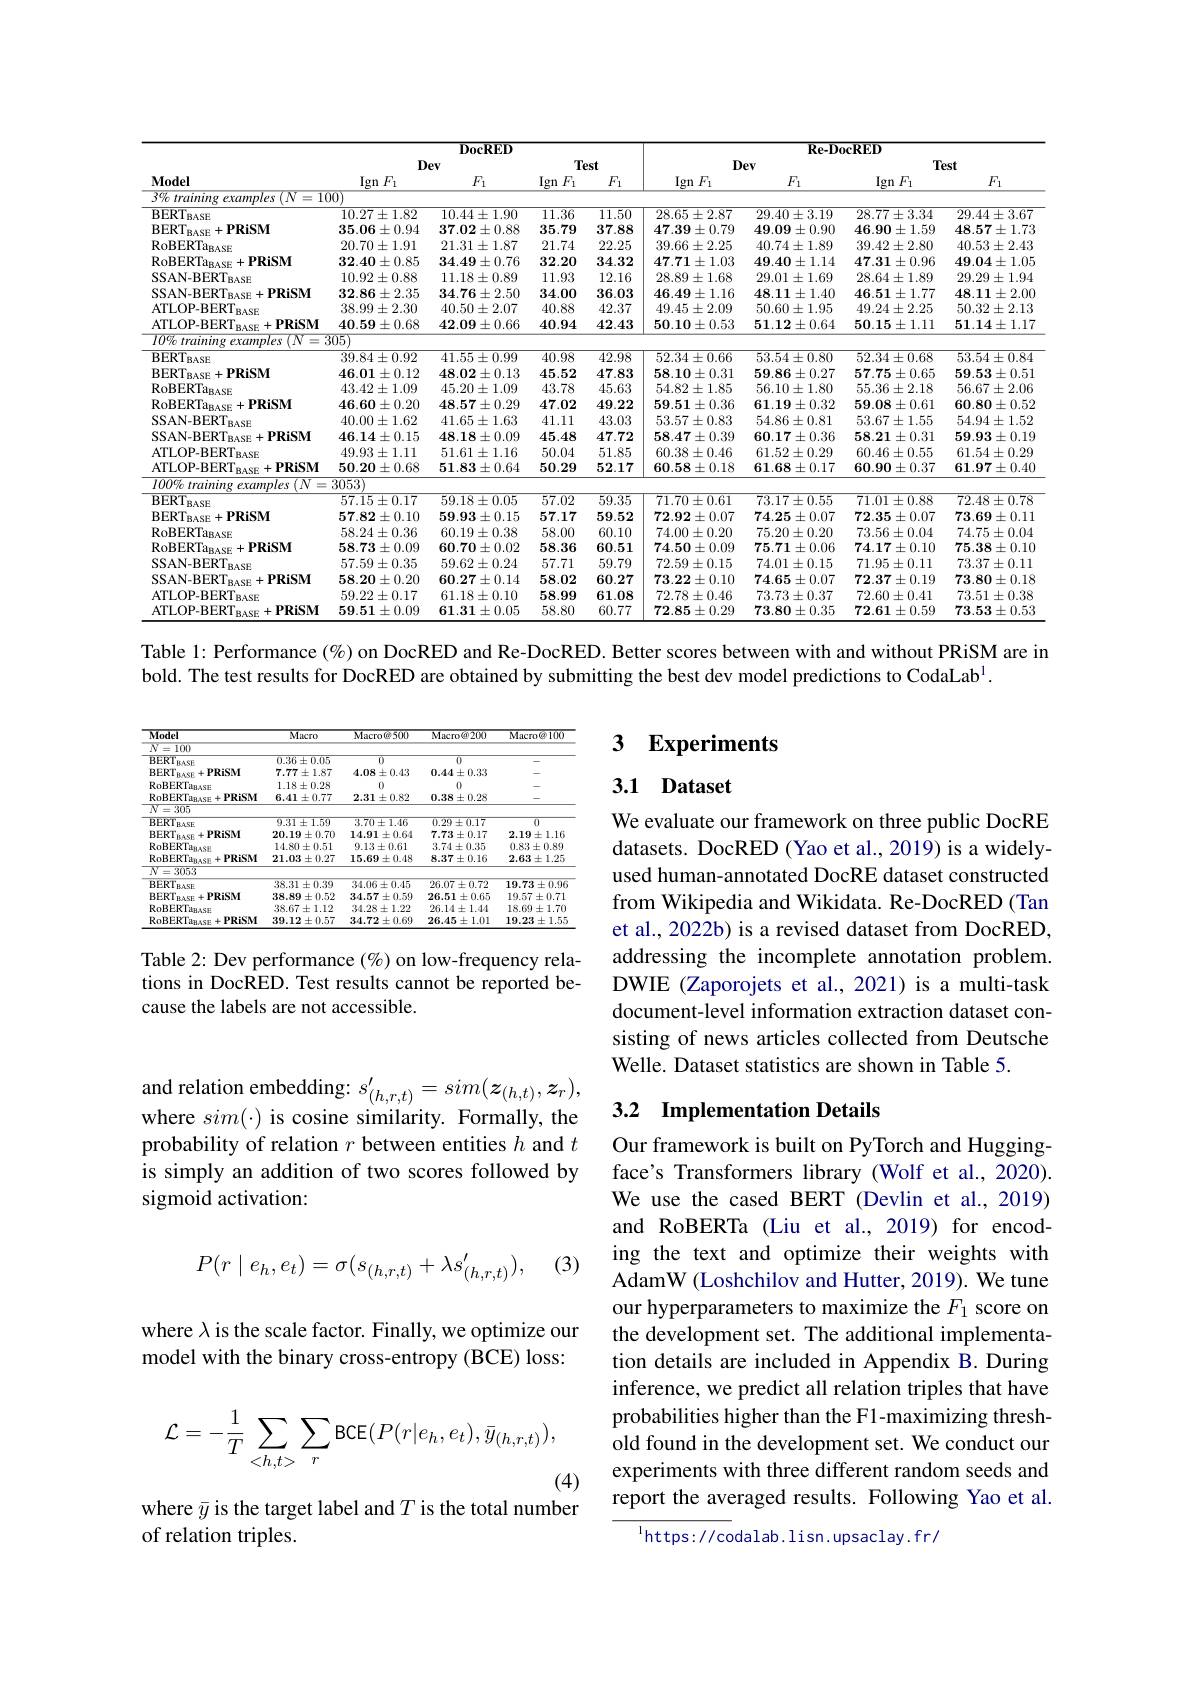
<table>
	<tbody>
		<tr>
			<th rowspan="3">$\mathbf{Model}$</th>
			<th colspan="4">DocRED</th>
			<th colspan="4">Re-DocRED</th>
		</tr>
		<tr>
			<th colspan="2">Dev</th>
			<th colspan="2">Test</th>
			<th colspan="2">Dev</th>
			<th colspan="2">Test</th>
		</tr>
		<tr>
			<th>$\operatorname{Ign}F_1$</th>
			<th>$F_{1}$</th>
			<th>Ign $F_{1}$</th>
			<th>$F_1$</th>
			<th>$\operatorname{Ign}F_1$</th>
			<th>$F_{1}$</th>
			<th>$\operatorname{Ign}F_1$</th>
			<th>$F_1$</th>
		</tr>
		<tr>
			<td>$3\%trainingexamples$ $\therefore(N$ = 11</td>
			<td>$\overline{{\mathrm{JO}}}$</td>
			<td> </td>
			<td> </td>
			<td> </td>
			<td> </td>
			<td> </td>
			<td> </td>
			<td> </td>
		</tr>
		<tr>
			<td>$\overline{BERT_{BASE}}$</td>
			<td>$10.27\pm1.82$</td>
			<td>$10.44\pm1.90$</td>
			<td>11.36</td>
			<td>$\overline{11.50}$</td>
			<td>$28.65\pm2.87$</td>
			<td>$29.40\pm3.19$</td>
			<td>$28.77\pm3.34$</td>
			<td>$29.44\pm3.67$</td>
		</tr>
		<tr>
			<td>$\mathrm{BERT}_{\mathrm{BASE}}+ \mathbf{PRiSM}$</td>
			<td>$35.06\pm0.94$</td>
			<td>$37.02\pm0.88$</td>
			<td>35.79</td>
			<td>37.88</td>
			<td>$47.39\pm0.79$</td>
			<td>$49.09\pm0.90$</td>
			<td>$46.90\pm1.59$</td>
			<td>$48.57\pm1.73$</td>
		</tr>
		<tr>
			<td>$\mathrm{RoBERTa}_{\mathrm{BASE}}$</td>
			<td>$20.70\pm1.91$</td>
			<td>$21.31\pm1.87$</td>
			<td>21.74</td>
			<td>22.25</td>
			<td>$39.66\pm2.25$</td>
			<td>$40.74\pm1.89$</td>
			<td>$39.42\pm2.80$</td>
			<td>$40.53\pm2.43$</td>
		</tr>
		<tr>
			<td>$\mathrm{RoBERTa}_{\mathrm{BASE}}+ \mathbf{PRiSM}$</td>
			<td>$32.40\pm0.85$</td>
			<td>$34.49\pm0.76$</td>
			<td>32.20</td>
			<td>34.32</td>
			<td>$47.71\pm1.03$</td>
			<td>$49.40\pm1.14$</td>
			<td>$47.31\pm0.96$</td>
			<td>$49.04\pm1.05$</td>
		</tr>
		<tr>
			<td>$\mathrm{SSAN-BERT}_{\mathrm{BASE}}$</td>
			<td>$10.92\pm0.88$</td>
			<td>$11.18\pm0.89$</td>
			<td>11.93</td>
			<td>12.16</td>
			<td>$28.89\pm1.68$</td>
			<td>$29.01\pm1.69$</td>
			<td>$28.64\pm1.89$</td>
			<td>$29.29\pm1.94$</td>
		</tr>
		<tr>
			<td>$\mathrm{SSAN- BERT}_{\mathrm{BASE}}+ \mathbf{PRiSM}$</td>
			<td>$32.86\pm2.35$</td>
			<td>$34.76\pm2.50$</td>
			<td>34.00</td>
			<td>36.03</td>
			<td>$46.49\pm1.16$</td>
			<td>$48.11\pm1.40$</td>
			<td>$46.51\pm1.77$</td>
			<td>$48.11\pm2.00$</td>
		</tr>
		<tr>
			<td>ATLOP- BERT $BASE$</td>
			<td>$38.99\pm2.30$</td>
			<td>$40.50\pm2.07$</td>
			<td>40.88</td>
			<td>42.37</td>
			<td>$49.45\pm2.09$</td>
			<td>$50.60\pm1.95$</td>
			<td>$49.24\pm2.25$</td>
			<td>$50.32\pm2.13$</td>
		</tr>
		<tr>
			<td>$\mathrm{ATLOP- BERT}_{\mathrm{BASE}}+$PRiSM</td>
			<td>$40.59\pm0.68$</td>
			<td>$42.09\pm0.66$</td>
			<td>40.94</td>
			<td>42.43</td>
			<td>$50.10\pm0.53$</td>
			<td>$51.12\pm0.64$</td>
			<td>$$50.15\pm1.11$$</td>
			<td>$51.14\pm1.17$</td>
		</tr>
		<tr>
			<td>$I0\%trainingexample$</td>
			<td>305)</td>
			<td> </td>
			<td> </td>
			<td> </td>
			<td> </td>
			<td> </td>
			<td> </td>
			<td> </td>
		</tr>
		<tr>
			<td>$\mathrm{BERT}_{\mathrm{BASE}}$</td>
			<td>$39.84\pm0.92$</td>
			<td>$41.55\pm0.99$</td>
			<td>40.98</td>
			<td>42.98</td>
			<td>$52.34\pm0.66$</td>
			<td>$53.54\pm0.80$</td>
			<td>$52.34\pm0.68$</td>
			<td>$53.54\pm0.84$</td>
		</tr>
		<tr>
			<td>$BERT_{BASE}$ $=+\mathbf{PRiSM}$</td>
			<td>$46.01\pm0.12$</td>
			<td>$48.02\pm0.13$</td>
			<td>45.52</td>
			<td>47.83</td>
			<td>$58.10\pm0.31$</td>
			<td>$59.86\pm0.27$</td>
			<td>$57.75\pm0.65$</td>
			<td>$59.53\pm0.51$</td>
		</tr>
		<tr>
			<td>$\mathrm{RoBERTa}_{\mathrm{BASE}}$</td>
			<td>$43.42\pm1.09$</td>
			<td>$45.20\pm1.09$</td>
			<td>43.78</td>
			<td>45.63</td>
			<td>$54.82\pm1.85$</td>
			<td>$56.10\pm1.80$</td>
			<td>$55.36\pm2.18$</td>
			<td>$56.67\pm2.06$</td>
		</tr>
		<tr>
			<td>$\Lambda_{\mathrm{TaBASE}}$ DicM</td>
			<td>4</td>
			<td> </td>
			<td>1 </td>
			<td>40.00</td>
			<td> </td>
			<td>T $9n$</td>
			<td>LL</td>
			<td> </td>
		</tr>
		<tr>
			<td>$\mathrm{RoBERTa}_{\mathrm{BASE}}+ \mathbf{PRiSM}$</td>
			<td>$46.60\pm0.20$</td>
			<td>$48.57\pm0.29$</td>
			<td>47.02</td>
			<td>49.22</td>
			<td>$$59.51\pm0.36$$</td>
			<td>$61.19\pm0.32$</td>
			<td>$59.08\pm0.61$</td>
			<td>$60.80\pm0.52$</td>
		</tr>
		<tr>
			<td>SSAN-BERT $BASE$</td>
			<td>$40.00\pm1.62$</td>
			<td>$41.65\pm1.63$</td>
			<td>41.11</td>
			<td>43.03</td>
			<td>$53.57\pm0.83$</td>
			<td>$54.86\pm0.81$</td>
			<td>$53.67\pm1.55$</td>
			<td>$54.94\pm1.52$</td>
		</tr>
		<tr>
			<td>$SSAN-BERT_{BASE}+PRiSM$</td>
			<td>$46.14\pm0.15$</td>
			<td>$48.18\pm0.09$</td>
			<td>45.48</td>
			<td>47.72</td>
			<td>$58.47\pm0.39$</td>
			<td>$60.17\pm0.36$</td>
			<td>$58.21\pm0.31$</td>
			<td>$59.93\pm0.19$</td>
		</tr>
		<tr>
			<td>ATLOP-BERT $BASE$</td>
			<td>$49.93\pm1.11$</td>
			<td>$51.61\pm1.16$</td>
			<td>50.04</td>
			<td>51.85</td>
			<td>$60.38\pm0.46$</td>
			<td>$61.52\pm0.29$</td>
			<td>$60.46\pm0.55$</td>
			<td>$61.54\pm0.29$</td>
		</tr>
		<tr>
			<td>ATLOP-BERT $_{\mathrm{RASF}}+PRiSM$</td>
			<td>$50.20\pm0.68$</td>
			<td>$51.83\pm0.64$</td>
			<td>50.29</td>
			<td>52.17</td>
			<td>$60.58\pm0.18$</td>
			<td>$61.68\pm0.17$</td>
			<td>$60.90\pm0.37$</td>
			<td>$61.97\pm0.40$</td>
		</tr>
		<tr>
			<td>$\overline{100\%\text{ training}}$ $examnles(N$</td>
			<td>3053)</td>
			<td> </td>
			<td> </td>
			<td> </td>
			<td> </td>
			<td> </td>
			<td> </td>
			<td> </td>
		</tr>
		<tr>
			<td>$\overline{{BERT}_{BASE}}$</td>
			<td>$57.15\pm0.17$</td>
			<td>$59.18\pm0.05$</td>
			<td>57.02</td>
			<td>59.35</td>
			<td>$71.70\pm0.61$</td>
			<td>$73.17\pm0.55$</td>
			<td>$71.01\pm0.88$</td>
			<td>$72.48\pm0.78$</td>
		</tr>
		<tr>
			<td>$BERT_{BASE}$ $=+\mathbf{PRiSM}$</td>
			<td>$57.82\pm0.10$</td>
			<td>$59.93\pm0.15$</td>
			<td>57.17</td>
			<td>59.52</td>
			<td>$72.92\pm0.07$</td>
			<td>$74.25\pm0.07$</td>
			<td>$72.35\pm0.07$</td>
			<td>$73.69\pm0.11$</td>
		</tr>
		<tr>
			<td>RoBERT$a_{BASE}$</td>
			<td>$58.24\pm0.36$</td>
			<td>$60.19\pm0.38$</td>
			<td>58.00</td>
			<td>60.10</td>
			<td>$74.00\pm0.20$</td>
			<td>$75.20\pm0.20$</td>
			<td>$73.56\pm0.04$</td>
			<td>$74.75\pm0.04$</td>
		</tr>
		<tr>
			<td>$\mathrm{RoBERTa}_{\mathrm{BASE}}+ \mathbf{PRiSM}$</td>
			<td>$58.73\pm0.09$</td>
			<td>$60.70\pm0.02$</td>
			<td>58.36</td>
			<td>60.51</td>
			<td>$74.50\pm0.09$</td>
			<td>$75.71\pm0.06$</td>
			<td>$74.17\pm0.10$</td>
			<td>$75.38\pm0.10$</td>
		</tr>
		<tr>
			<td>SSAN-BERT $BASE$</td>
			<td>$57.59\pm0.35$</td>
			<td>$59.62\pm0.24$</td>
			<td>57.71</td>
			<td>59.79</td>
			<td>$72.59\pm0.15$</td>
			<td>$74.01\pm0.15$</td>
			<td>$71.95\pm0.11$</td>
			<td>$73.37\pm0.11$</td>
		</tr>
		<tr>
			<td>SSAN-BERT $\Gamma_{\mathrm{RASE}}+PRiSM$ T</td>
			<td>$58.20\pm0.20$</td>
			<td>$60.27\pm0.14$</td>
			<td>58.02</td>
			<td>60.27</td>
			<td>$73.22\pm0.10$</td>
			<td>$74.65\pm0.07$</td>
			<td>$72.37\pm0.19$</td>
			<td>$73.80\pm0.18$</td>
		</tr>
		<tr>
			<td>ATLOP-BERT $BASE$</td>
			<td>$59.22\pm0.17$</td>
			<td>$61.18\pm0.10$</td>
			<td>58.99</td>
			<td>61.08</td>
			<td>$72.78\pm0.46$</td>
			<td>$73.73\pm0.37$</td>
			<td>$72.60\pm0.41$</td>
			<td>$73.51\pm0.38$</td>
		</tr>
		<tr>
			<td>ATLOP-BERT Rase+PRiSM T</td>
			<td>$59.51\pm0.09$</td>
			<td>$61.31\pm0.05$</td>
			<td>58.80</td>
			<td>60.77</td>
			<td>$72.85\pm0.29$</td>
			<td>$73.80\pm0.35$</td>
			<td>$72.61\pm0.59$</td>
			<td>$73.53\pm0.53$</td>
		</tr>
	</tbody>
</table>

Table 1: Performance $(\%)$ on DocRED and Re-DocRED. Better scores between with and without PRiSM are in

bold. The test results for DocRED are obtained by submitting the best dev model predictions to CodaLab$^{\mathrm{l}}.$

## $\textbf{3}$ $\textbf{Experiments}$

### 3.1 Dataset

<table>
	<tbody>
		<tr>
			<th>Model</th>
			<th>$\overline{\text{Macro}}$</th>
			<th>Macro@500</th>
			<th>Macro@200</th>
			<th>Macro@100</th>
		</tr>
		<tr>
			<td>$N=100$</td>
			<td> </td>
			<td> </td>
			<td> </td>
			<td> </td>
		</tr>
		<tr>
			<td>$\overline{BERT_{BASE}}$</td>
			<td>$0.36\pm0.05$</td>
			<td>$\overline{0}$</td>
			<td>$\overline{0}$</td>
			<td> </td>
		</tr>
		<tr>
			<td>$BERT$ $ILASF$ $+PRiSM$</td>
			<td>$7.77\pm1.87$</td>
			<td>$4.08\pm0.43$</td>
			<td>$0.44\pm0.33$</td>
			<td> </td>
		</tr>
		<tr>
			<td>RoBEKT$a_{BASE}$</td>
			<td>$1.18\pm0.28$</td>
			<td>0</td>
			<td>0</td>
			<td> </td>
		</tr>
		<tr>
			<td>$\mathrm{RoBERTa}_{BASE}+$PRiSM</td>
			<td>$6.41\pm0.77$</td>
			<td>$2.31\pm0.82$</td>
			<td>$0.38\pm0.28$</td>
			<td> </td>
		</tr>
		<tr>
			<td>$\overline{N=305}$</td>
			<td> </td>
			<td> </td>
			<td> </td>
			<td> </td>
		</tr>
		<tr>
			<td>$\overline{BERT_{BASE}}$</td>
			<td>$9.31\pm1.59$</td>
			<td>$3.70\pm1.46$</td>
			<td>$0.29\pm0.17$</td>
			<td>$\overline{0}$</td>
		</tr>
		<tr>
			<td>BERT$_\mathrm{RAS}$ $+PRiSM$</td>
			<td>$20.19\pm0.70$</td>
			<td>$14.91\pm0.6$</td>
			<td>$7.73\pm0.17$</td>
			<td>$2.19\pm1.16$</td>
		</tr>
		<tr>
			<td>RoBEKTans AST</td>
			<td>$14.80\pm0.51$</td>
			<td>$9.13\pm0.61$</td>
			<td>$3.74\pm0.35$</td>
			<td>$0.83\pm0.89$</td>
		</tr>
		<tr>
			<td>RoBEKTanase $+PRiSM$</td>
			<td>$21.03\pm0.27$</td>
			<td>$15.69\pm0.48$</td>
			<td>$8.37\pm0.16$</td>
			<td>$2.63\pm1.25$</td>
		</tr>
		<tr>
			<td>$N=3053$</td>
			<td> </td>
			<td> </td>
			<td> </td>
			<td> </td>
		</tr>
		<tr>
			<td>BERT BASE</td>
			<td>$38.31\pm0.39$</td>
			<td>$34.06\pm0.45$</td>
			<td>$26.07\pm0.72$</td>
			<td>$19.73\pm0.96$</td>
		</tr>
		<tr>
			<td>$\mathrm{BERT}_{\mathrm{BASE}}+$PRiSM</td>
			<td>$38.89\pm0.52$</td>
			<td>$34.57\pm0.59$</td>
			<td>$26.51\pm0.65$</td>
			<td>$19.57\pm0.71$</td>
		</tr>
		<tr>
			<td>RoBERT$a_{BASE}$</td>
			<td>$38.67\pm1.12$</td>
			<td>$34.28\pm1.22$</td>
			<td>$26.14\pm1.44$</td>
			<td>$18.69\pm1.70$</td>
		</tr>
		<tr>
			<td>$\mathrm{RoBERTa}_{\mathrm{BASE}}+$PRiSM</td>
			<td>$39.12\pm0.57$</td>
			<td>$34.72\pm0.69$</td>
			<td>$26.45\pm1.01$</td>
			<td>$19.23\pm1.55$</td>
		</tr>
	</tbody>
</table>

We evaluate our framework on three public DocRE datasets. DocRED (Yao et al., 2019) is a widelyused human-annotated DocRE dataset constructed from Wikipedia and Wikidata. Re-DocRED (Tan et al., 2022b) is a revised dataset from DocRED, addressing the incomplete annotation problem. DWIE (Zaporojets et al., 2021) is a multi-task document-level information extraction dataset consisting of news articles collected from Deutsche Welle. Dataset statistics are shown in Table 5.

Table 2: Dev performance (%) on low-frequency relations in DocRED. Test results cannot be reported because the labels are not accessible.

### 3.2 Implementation Details

$\begin{array}{c}{\mathrm{and~relation~embedding:~}s_{(h,r,t)}^{\prime}=sim(\boldsymbol{z}_{(h,t)},\boldsymbol{z}_{r}),}\\{\mathrm{and~relation~embedding:~}s_{(h,r,t)}^{\prime}=sim(\boldsymbol{z}_{(h,t)},\boldsymbol{z}_{r}),}\end{array}$ where $sim(\cdot)$ is cosine similarity. Formally, the probability of relation $r$ between entities $h$ and $t$ is simply an addition of two scores followed by sigmoid activation:

(3)
$$P(r\mid e_h,e_t)=\sigma(s_{(h,r,t)}+\lambda s_{(h,r,t)}'),$$
Our framework is built on PyTorch and Huggingface's Transformers library (Wolf et al.,2020). We use the cased BERT (Devlin et al.,2019) and RoBERTa (Liu et al.,2019) for encoding the text and optimize their weights with AdamW (Loshchilov and Hutter, 2019). We tune our hyperparameters to maximize the $F_{1}$ score on the development set. The additional implementation details are included in Appendix B. During inference, we predict all relation triples that have probabilities higher than the F1-maximizing threshold found in the development set. We conduct our experiments with three different random seeds and report the averaged results. Following Yao et al.

where $\lambda$ is the scale factor. Finally, we optimize our model with the binary cross-entropy (BCE) loss:
$$\mathcal{L}=-\frac{1}{T}\sum_{<h,t>}\sum_{r}\text{BCE}(P(r|e_{h},e_{t}),\bar{y}_{(h,r,t)}),$$
(4)

where $\bar{y}$ is the target label and $T$ is the total number
of relation triples.

$^{1}$https://codalab.lisn.upsaclay.fr/